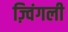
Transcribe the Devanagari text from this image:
ज़्विंगली